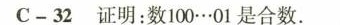
C-32证明：数100…01是合数